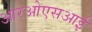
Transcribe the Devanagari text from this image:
आरओएसआई